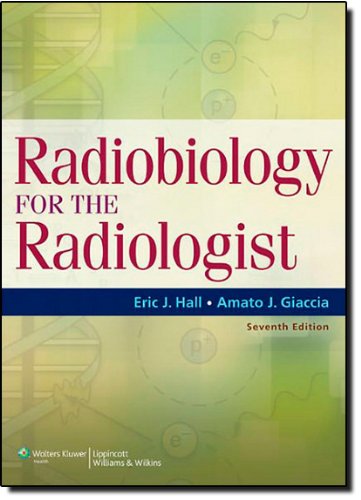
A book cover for Radiobiology for the Radiologist; Eric J. Hall; Medical Books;